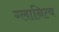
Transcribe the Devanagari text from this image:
ग्लानित्व